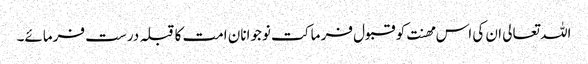
اللہ تعالی ان کی اس مھنت کو قبول فر ما کت نوجوانان امت کا قبلہ درست فرمائے۔